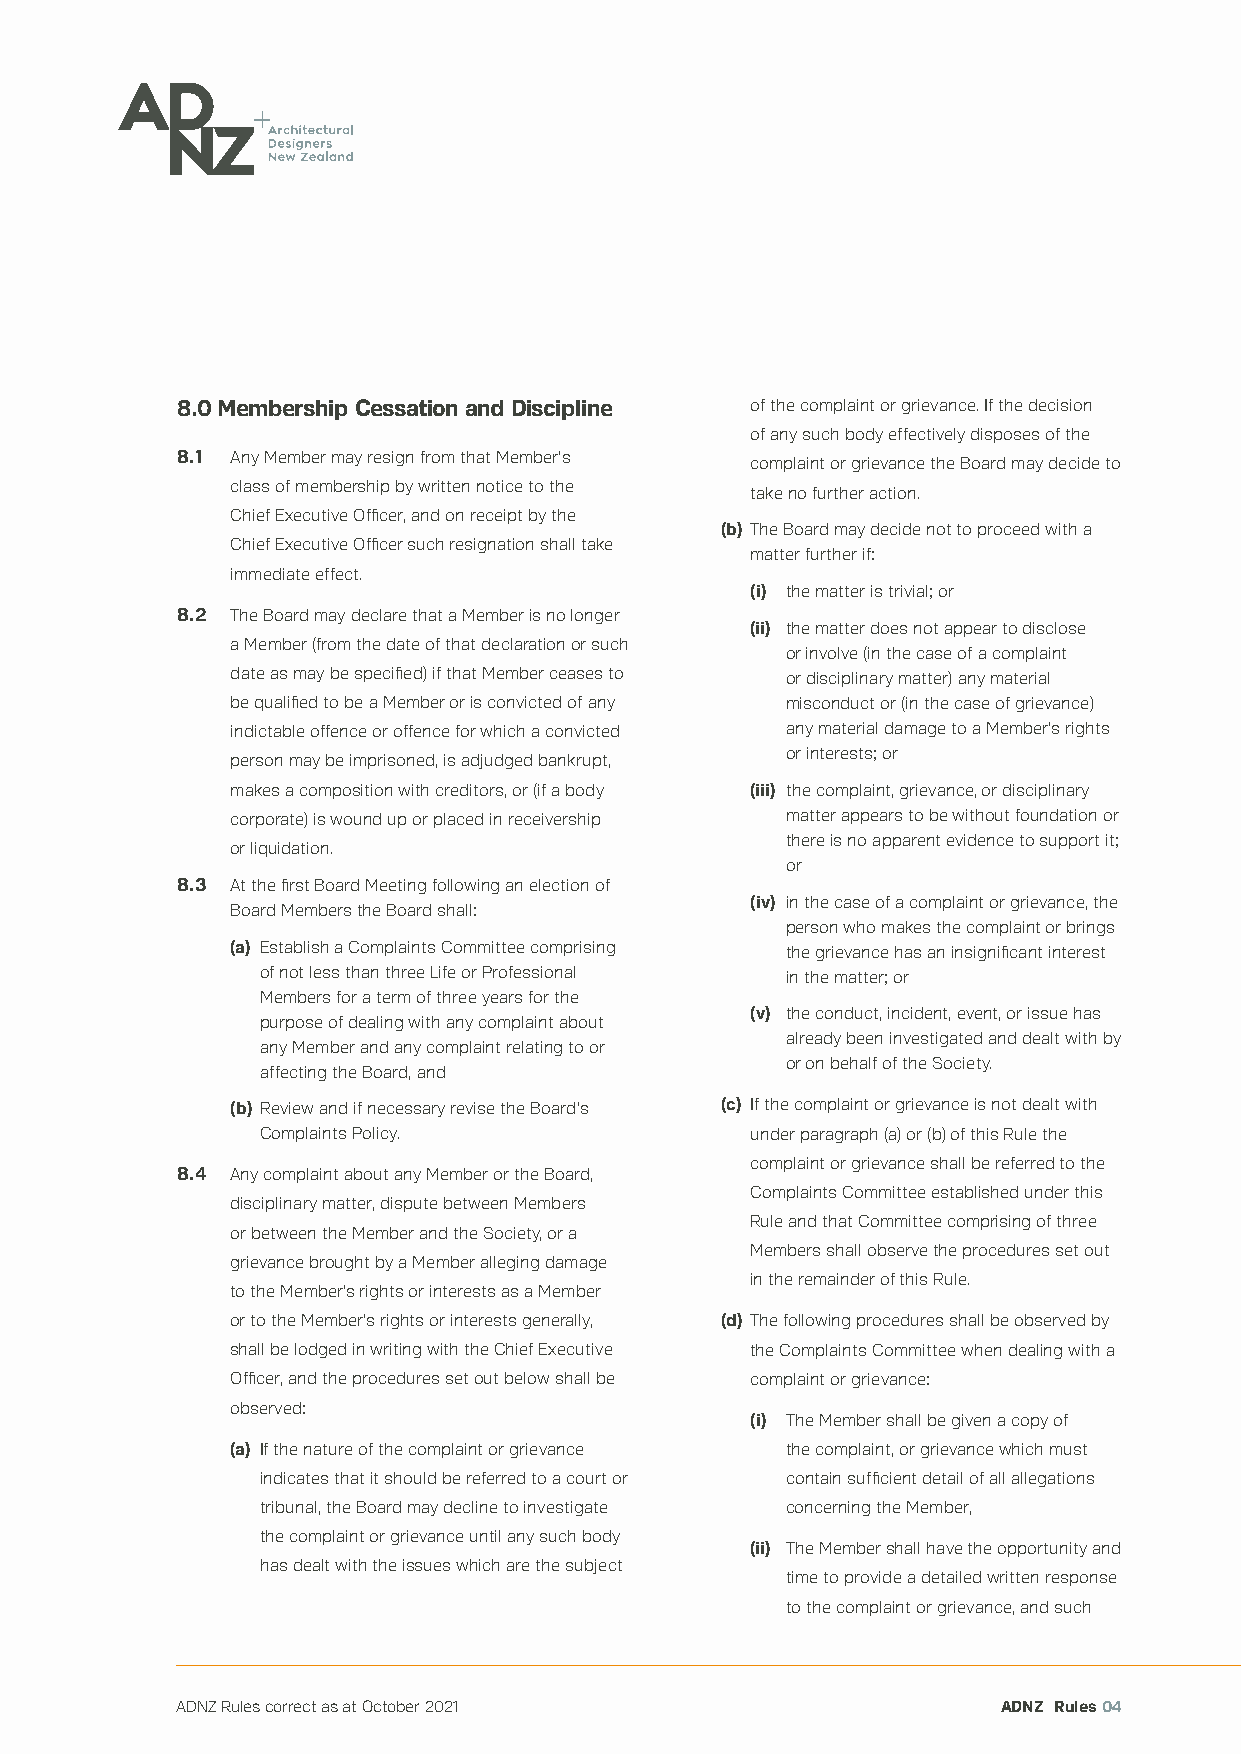
8.0 Membership Cessation and Discipline of the complaint or grievance. If the decision
 of any such body effectively disposes of the
 8.1 Any Member may resign from that Member’s
 complaint or grievance the Board may decide to
 class of membership by written notice to the
 take no further action.
 Chief Executive Officer, and on receipt by the
 (b) The Board may decide not to proceed with a
 Chief Executive Officer such resignation shall take
 matter further if:
 immediate effect.
 (i) the matter is trivial; or
 8.2 The Board may declare that a Member is no longer
 (ii) the matter does not appear to disclose
 a Member (from the date of that declaration or such
 or involve (in the case of a complaint
 date as may be specified) if that Member ceases to or disciplinary matter) any material
 be qualified to be a Member or is convicted of any misconduct or (in the case of grievance)
 indictable offence or offence for which a convicted any material damage to a Member’s rights
 or interests; or
 person may be imprisoned, is adjudged bankrupt,
 makes a composition with creditors, or (if a body (iii) the complaint, grievance, or disciplinary
 corporate) is wound up or placed in receivership matter appears to be without foundation or
 there is no apparent evidence to support it;
 or liquidation.
 or
 8.3 At the first Board Meeting following an election of
 (iv) in the case of a complaint or grievance, the
 Board Members the Board shall:
 person who makes the complaint or brings
 (a) Establish a Complaints Committee comprising the grievance has an insignificant interest
 of not less than three Life or Professional in the matter; or
 Members for a term of three years for the
 (v) the conduct, incident, event, or issue has
 purpose of dealing with any complaint about
 already been investigated and dealt with by
 any Member and any complaint relating to or
 or on behalf of the Society.
 affecting the Board, and
 (b) Review and if necessary revise the Board’s (c) If the complaint or grievance is not dealt with
 Complaints Policy.               under paragraph (a) or (b) of this Rule the
 complaint or grievance shall be referred to the
 8.4 Any complaint about any Member or the Board,
 Complaints Committee established under this
 disciplinary matter, dispute between Members
 Rule and that Committee comprising of three
 or between the Member and the Society, or a
 Members shall observe the procedures set out
 grievance brought by a Member alleging damage
 in the remainder of this Rule.
 to the Member’s rights or interests as a Member
 or to the Member’s rights or interests generally, (d) The following procedures shall be observed by
 shall be lodged in writing with the Chief Executive the Complaints Committee when dealing with a
 Officer, and the procedures set out below shall be complaint or grievance:
 observed:
 (i) The Member shall be given a copy of
 (a) If the nature of the complaint or grievance the complaint, or grievance which must
 indicates that it should be referred to a court or contain sufficient detail of all allegations
 tribunal, the Board may decline to investigate concerning the Member,
 the complaint or grievance until any such body
 (ii) The Member shall have the opportunity and
 has dealt with the issues which are the subject
 time to provide a detailed written response
 to the complaint or grievance, and such
 ADNZ Rules correct as at October 2021                 ADNZ Rules 04